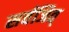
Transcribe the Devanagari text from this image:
सर्वजित्